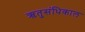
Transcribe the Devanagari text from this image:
ऋतुसंधिकाल